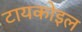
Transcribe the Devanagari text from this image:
टायकोइल